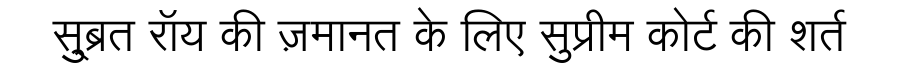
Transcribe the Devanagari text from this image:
सु्ब्रत रॉय की ज़मानत के लिए सुप्रीम कोर्ट की शर्त